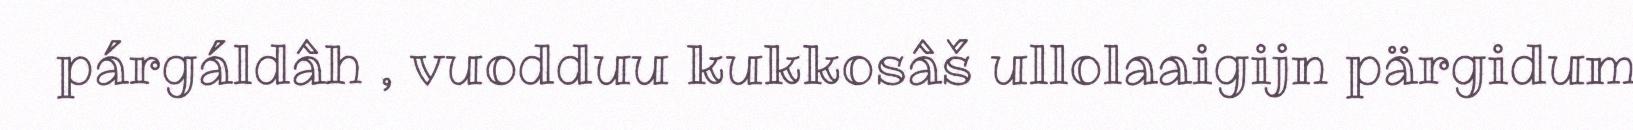
párgáldâh , vuodduu kukkosâš ullolaaigijn pärgidum